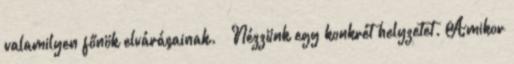
valamilyen főnök elvárásainak. – Nézzünk egy konkrét helyzetet. Amikor